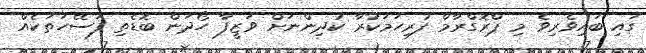
ގައި ބައިވެރިވެ މި ޕްރޮގްރާމް ފުރިހަމަކުރާ ކުދިންނަށް ވަޒީފާ ހޯދަން ބޮޑެތި ފަސޭހަތަކެއް